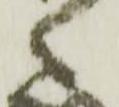
之